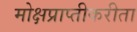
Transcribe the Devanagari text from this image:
मोक्षप्राप्तीकरीता